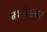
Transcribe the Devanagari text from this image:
मधीमलार